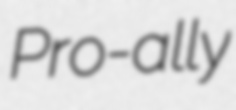
Pro-ally